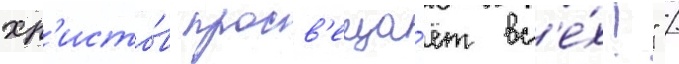
хр'исто́в просв'еща́ет вс'е́х!" /